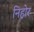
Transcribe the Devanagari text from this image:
निहोर